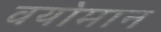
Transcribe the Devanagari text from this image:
वयोमान